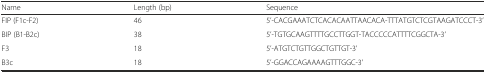
<table><thead><tr><td><b>Name</b></td><td><b>Length (bp)</b></td><td><b>Sequence</b></td></tr></thead><tbody><tr><td>FIP (F1c-F2)</td><td>46</td><td>5’-CACGAAATCTCACACAATTAACACA-TTTATGTCTCGTAAGATCCCT-3’</td></tr><tr><td>BIP (B1-B2c)</td><td>38</td><td>5’-TGTGCAAGTTTTGCCTTGGT-TACCCCCATTTTCGGCTA-3’</td></tr><tr><td>F3</td><td>18</td><td>5’-ATGTCTGTTGGCTGTTGT-3’</td></tr><tr><td>B3c</td><td>18</td><td>5’-GGACCAGAAAAGTTTGGC-3’</td></tr></tbody></table>